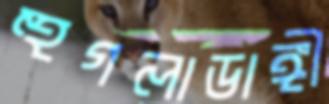
হুগলাডাঙ্গী